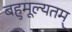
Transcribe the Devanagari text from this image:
बहुमूल्यतम्